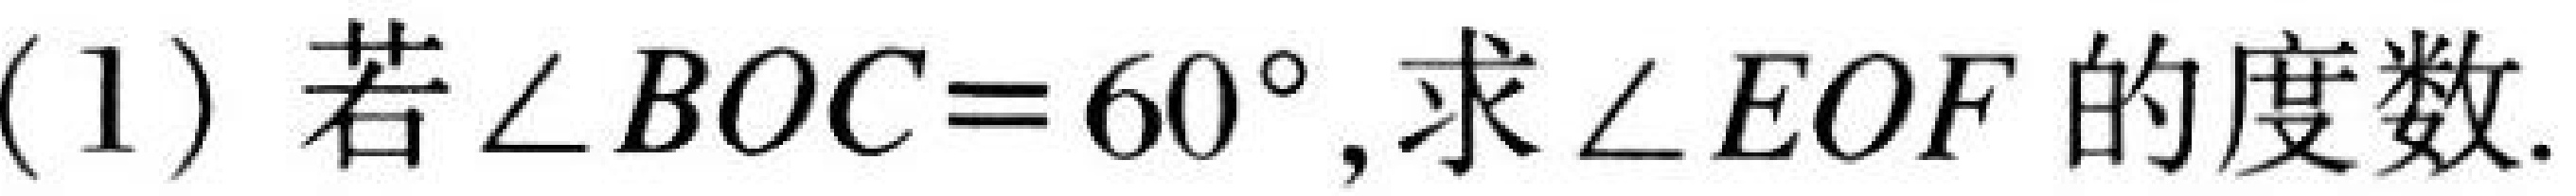
(1) 若\(\angle BOC = 60^{\circ}\),求\(\angle EOF\)的度数.